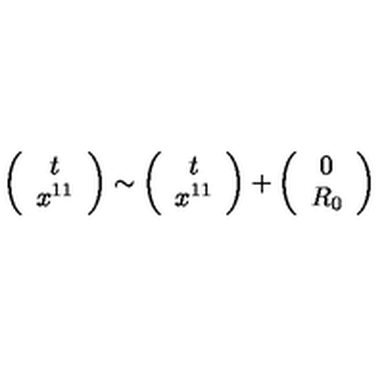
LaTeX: \left( \begin{array} { c } { t } \\ { x ^ { 1 1 } } \\ \end{array} \right) \sim \left( \begin{array} { c } { t } \\ { x ^ { 1 1 } } \\ \end{array} \right) + \left( \begin{array} { c } { 0 } \\ { R _ { 0 } } \\ \end{array} \right)